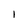
Character: 1